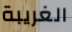
الغريبة